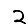
Digit: 2